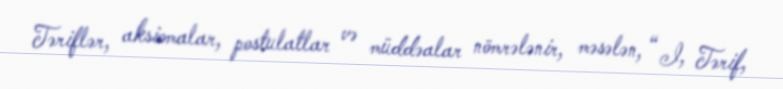
Təriflər, aksiomalar, postulatlar və müddəalar nömrələnir, məsələn, “ I, Tərif,